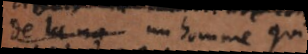
de la na un homme qui